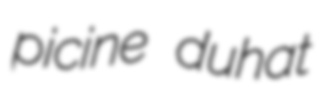
picine duhat